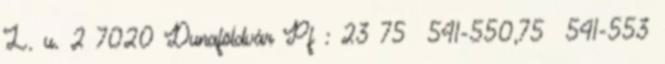
L. u. 2 7020 Dunaföldvár Pf : 23 75 541-550,75 541-553